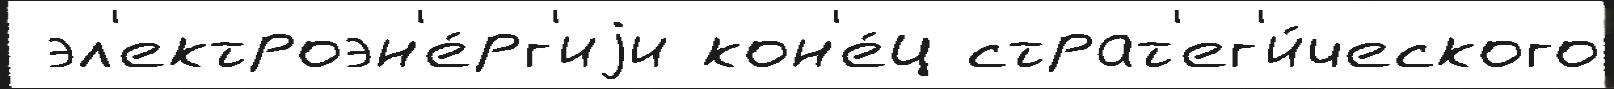
 эл'ектроэн'е́рг'иjи кон'е́ц страт'ег'и́ческого